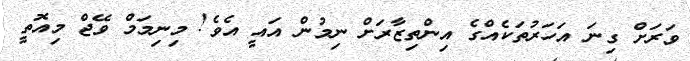
ވަރަށް ގިނަ އަހަރުތަކެއްގެ އިންތިޒާރަށް ނިމުން އައީ އެވެ! މިނިމަމް ވޭޖް މިއޮތީ